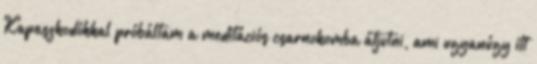
Kapaszkodókkal próbáltam a meditációs csarnokomba átjutni, ami ugyanúgy itt